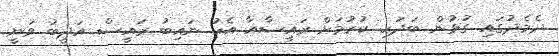
ދެމެދުގައި ގުޅުން ބަދަހި ކުރުމަށް ރައީސާއާ އެކު ނައިބު ރައީސް އަދީބު ވަނީ